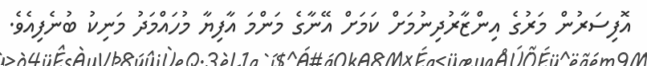
އޮފިސަރުން މަރުގެ އިންޒާރުދިނުމަށް ކަމަށް އޭނާގެ މަންމަ އާފިޔާ މުހައްމަދު މަނިކު ބުނެފިއެވެ.